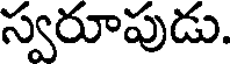
స్వరూపుడు.